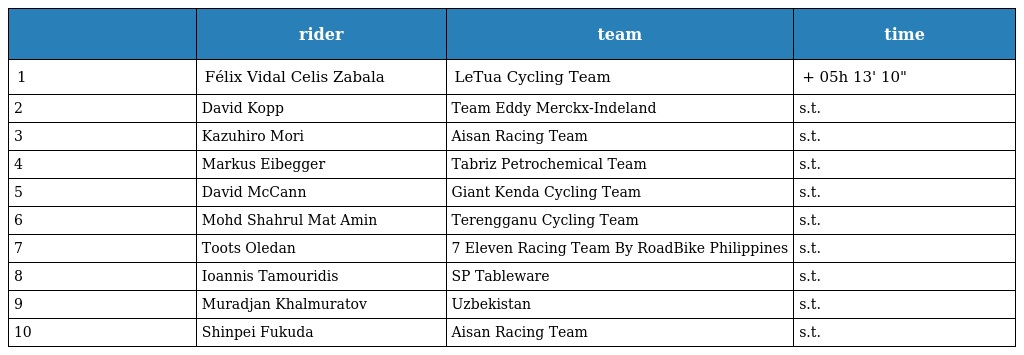
|  | rider | team | time |
 | --- | --- | --- | --- |
 | 1 | Félix Vidal Celis Zabala | LeTua Cycling Team | + 05h 13' 10" |
 | 2 | David Kopp | Team Eddy Merckx-Indeland | s.t. |
 | 3 | Kazuhiro Mori | Aisan Racing Team | s.t. |
 | 4 | Markus Eibegger | Tabriz Petrochemical Team | s.t. |
 | 5 | David McCann | Giant Kenda Cycling Team | s.t. |
 | 6 | Mohd Shahrul Mat Amin | Terengganu Cycling Team | s.t. |
 | 7 | Toots Oledan | 7 Eleven Racing Team By RoadBike Philippines | s.t. |
 | 8 | Ioannis Tamouridis | SP Tableware | s.t. |
 | 9 | Muradjan Khalmuratov | Uzbekistan | s.t. |
 | 10 | Shinpei Fukuda | Aisan Racing Team | s.t. |